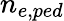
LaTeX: n_{e,ped}